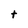
Character: t